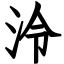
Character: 泠